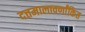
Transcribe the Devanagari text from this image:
दत्तमालावर्णांकित